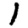
Digit: 1